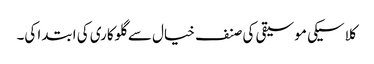
کلاسیکی موسیقی کی صنف خیال سے گلوکاری کی ابتدا کی۔